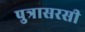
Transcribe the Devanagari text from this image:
पुत्रासरसी